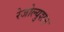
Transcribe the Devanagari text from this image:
रेजोल्युशन